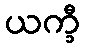
ယက္ခီ